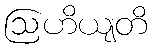
ဩဟိယျတိ